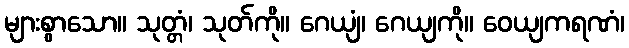
များစွာသော။ သုတ္တံ၊ သုတ်ကို။ ဂေယျံ၊ ဂေယျကို။ ဝေယျကရဏံ၊